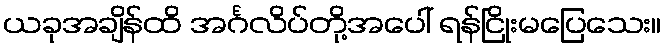
ယခုအချိန်ထိ အင်္ဂလိပ်တို့အပေါ် ရန်ငြိုးမပြေသေး။